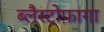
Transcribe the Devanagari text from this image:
ब्लैस्टोफ़ागा